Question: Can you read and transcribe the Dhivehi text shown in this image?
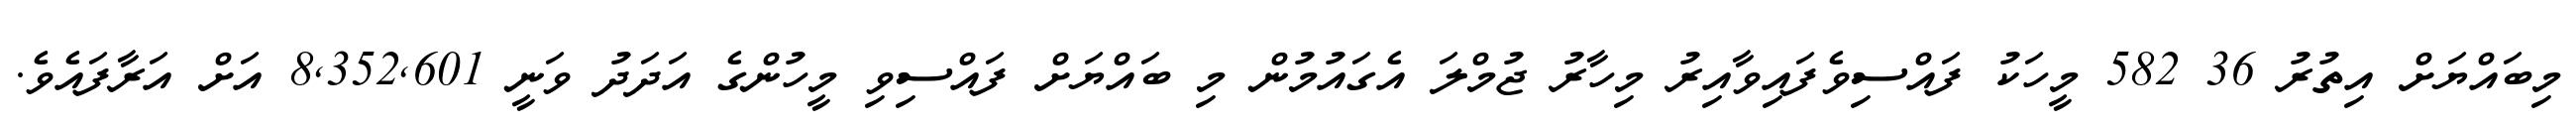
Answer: މިބައްޔަށް އިތުރު 36 582 މީހަކު ފައްސިވެފައިވާއިރު މިހާރު ޖުމްލަ އެގައުމުން މި ބައްޔަށް ފައްސިވި މީހުންގެ އަދަދު ވަނީ 8,352,601 އަށް އަރާފައެވެ.